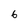
Character: 6